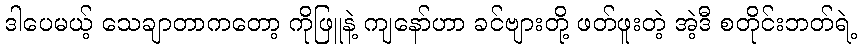
ဒါပေမယ့် သေချာတာကတော့ ကိုဖြူနဲ့ ကျနော်ဟာ ခင်ဗျားတို့ ဖတ်ဖူးတဲ့ အဲ့ဒီ စတိုင်းဘတ်ရဲ့